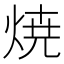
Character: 焼